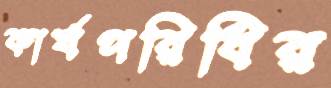
কার্যপরিধির